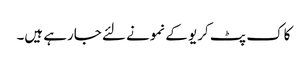
کاک پٹ کریو کے نمونے لئے جارہے ہیں۔